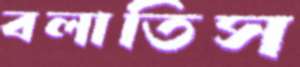
বলাতিস